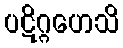
ပဋိဂ္ဂဟေသိ